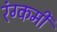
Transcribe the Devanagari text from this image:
रंग्कर्मी